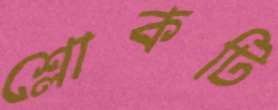
শ্লোকটি